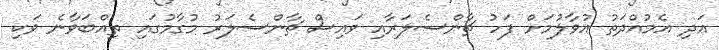
އަދި އެމުއްދަތު އުވާލުމަށް ފަހު ޗާންސެލަރާއި ވައިސް ޗާންސެލަރު މުގާމުގައި ތިއްބަވާނެ ވަކި